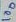
Text: 100